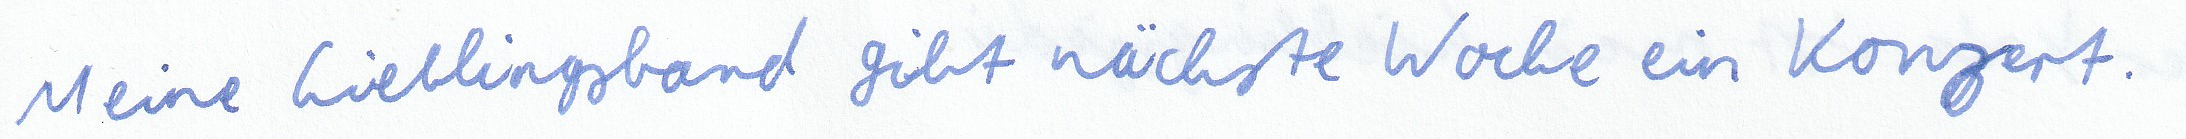
Meine Lieblingsband gibt nächste Woche ein Konzert.